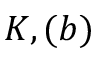
K , ( b )